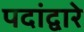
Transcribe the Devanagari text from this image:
पदांद्वारे